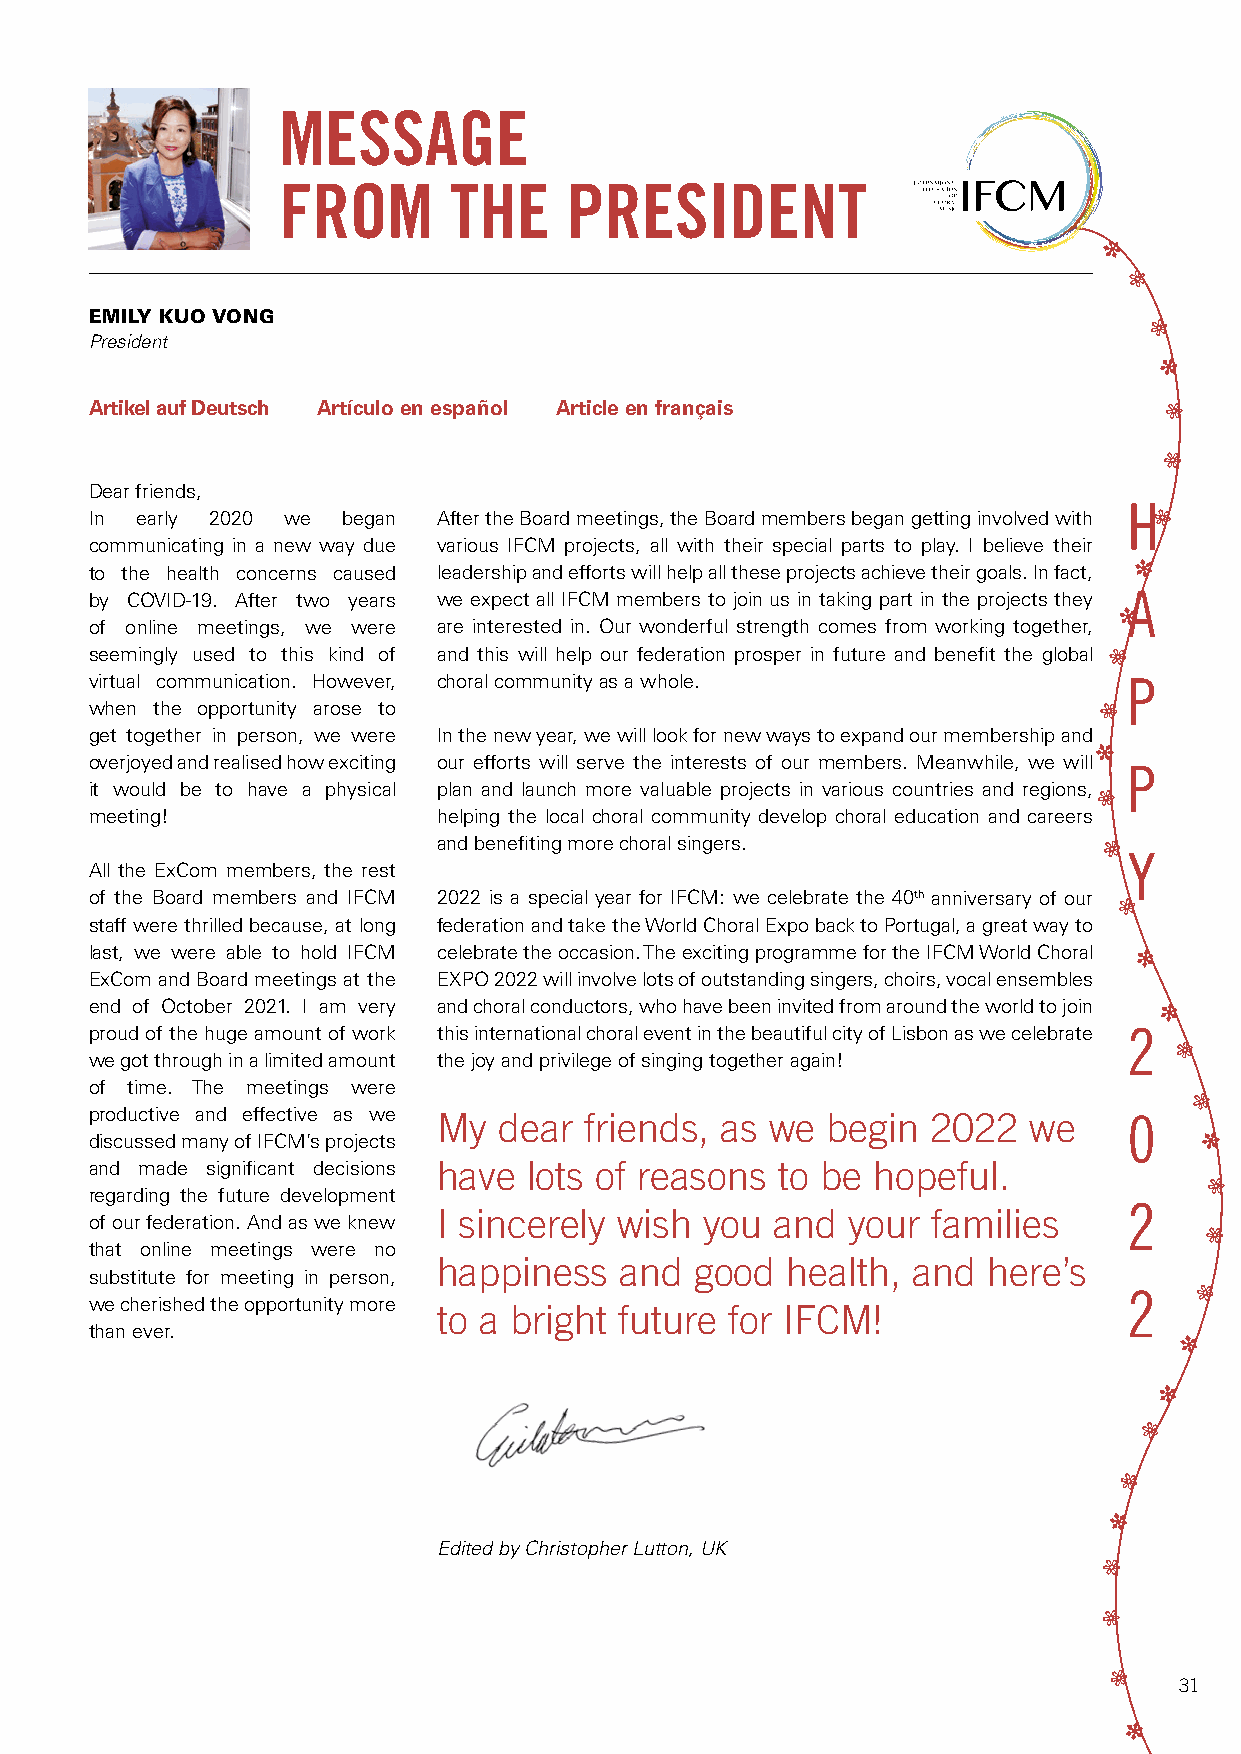
MESSAGE
 FROM        THE    PRESIDENT
 0
 2
 EMILY KUO VONG
 2
 President
 0
 Artikel auf Deutsch Artículo en español Article en français            2
 2
 Dear friends,
 In early 2020 we began After the Board meetings, the Board members began getting involved with
 H
 2
 communicating in a new way due various IFCM projects, all with their special parts to play. I believe their
 0
 to the health concerns caused leadership and efforts will help all these projects achieve their goals. In fact,
 by COVID-19. After two years we expect all IFCM members to join us in taking part in the projects they
 0
 A
 of online meetings, we were are interested in. Our wonderful strength comes from working together,
 seemingly used to this kind of and this will help our federation prosper in future and benefit the global 2
 virtual communication. However, choral community as a whole.         P
 when the opportunity arose to                                      2
 get together in person, we were In the new year, we will look for new ways to expand our membership and
 0
 overjoyed and realised how exciting our efforts will serve the interests of our members. Meanwhile, we will
 P
 it would be to have a physical plan and launch more valuable projects in various countries and regions,
 2
 meeting!               helping the local choral community develop choral education and careers
 and benefiting more choral singers.         2
 Y
 All the ExCom members, the rest
 of the Board members and IFCM 2022 is a special year for IFCM: we celebrate the 40th anniversary of our
 2
 staff were thrilled because, at long federation and take the World Choral Expo back to Portugal, a great way to
 last, we were able to hold IFCM celebrate the occasion. The exciting programme for the IFCM World Choral
 0
 ExCom and Board meetings at the EXPO 2022 will involve lots of outstanding singers, choirs, vocal ensembles
 end of October 2021. I am very and choral conductors, who have been invited from around the world to join
 0
 proud of the huge amount of work this international choral event in the beautiful city of Lisbon as we celebrate 2
 2
 we got through in a limited amount the joy and privilege of singing together again!
 of time. The meetings were
 2
 productive and effective as we My dear friends, as we begin 2022 we  0
 discussed many of IFCM’s projects                                        0
 and made significant decisions have lots of reasons to be hopeful.
 2
 regarding the future development
 2
 I sincerely wish  you and  your  families
 of our federation. And as we knew
 2
 that online meetings were no
 happiness   and  good  health, and  here’s
 substitute for meeting in person,
 2   2
 we cherished the opportunity more
 to a bright future for IFCM!
 than ever.
 0
 0
 2
 2
 0
 Edited by Christopher Lutton, UK
 2
 2
 2
 31
 0